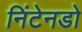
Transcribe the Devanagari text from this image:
निंटेनडो